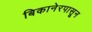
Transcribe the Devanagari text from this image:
बिकानेरपासून